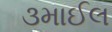
૩માઈલ